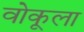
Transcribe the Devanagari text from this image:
वोकूला